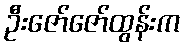
ဦးဇော်ဇော်ထွန်းက